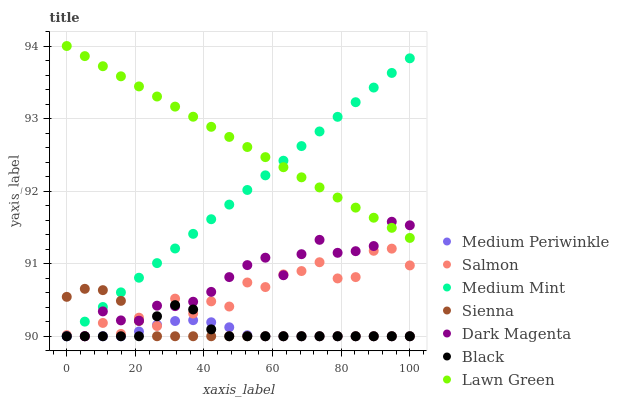
| xaxis_label | Medium Periwinkle | Salmon | Medium Mint | Sienna | Dark Magenta | Black | Lawn Green |
 | --- | --- | --- | --- | --- | --- | --- | --- |
 | 0 | 90 | 90 | 90 | 90.5 | 90 | 90 | 94 |
 | 5.26 | 90 | 90 | 90.2 | 90.7 | 90 | 90 | 93.9 |
 | 10.5 | 90 | 90.2 | 90.4 | 90.6 | 90.3 | 90 | 93.7 |
 | 15.8 | 90 | 90 | 90.6 | 90.5 | 90.2 | 90 | 93.6 |
 | 21.1 | 90.1 | 90.3 | 90.8 | 90.2 | 90.2 | 90 | 93.4 |
 | 26.3 | 90.2 | 90.1 | 91 | 90 | 90.4 | 90.3 | 93.3 |
 | 31.6 | 90.2 | 90.5 | 91.2 | 90 | 90.4 | 90.4 | 93.2 |
 | 36.8 | 90.2 | 90.3 | 91.4 | 90 | 90.5 | 90.4 | 93 |
 | 42.1 | 90.2 | 90.5 | 91.6 | 90 | 90.6 | 90.1 | 92.9 |
 | 47.4 | 90.1 | 90.4 | 91.8 | 90 | 90.8 | 90 | 92.7 |
 | 52.6 | 90 | 90.7 | 92 | 90 | 91 | 90 | 92.6 |
 | 57.9 | 90 | 90.7 | 92.2 | 90 | 91.1 | 90 | 92.5 |
 | 63.2 | 90 | 90.9 | 92.4 | 90 | 90.8 | 90 | 92.3 |
 | 68.4 | 90 | 90.9 | 92.6 | 90 | 91.1 | 90 | 92.2 |
 | 73.7 | 90 | 91 | 92.8 | 90 | 91.3 | 90 | 92.1 |
 | 78.9 | 90 | 90.8 | 93 | 90 | 91.2 | 90 | 91.9 |
 | 84.2 | 90 | 90.8 | 93.2 | 90 | 91.2 | 90 | 91.8 |
 | 89.5 | 90 | 91.2 | 93.4 | 90 | 91.2 | 90 | 91.6 |
 | 94.7 | 90 | 91.2 | 93.6 | 90 | 91.6 | 90 | 91.5 |
 | 100 | 90 | 91 | 93.8 | 90 | 91.5 | 90 | 91.4 |